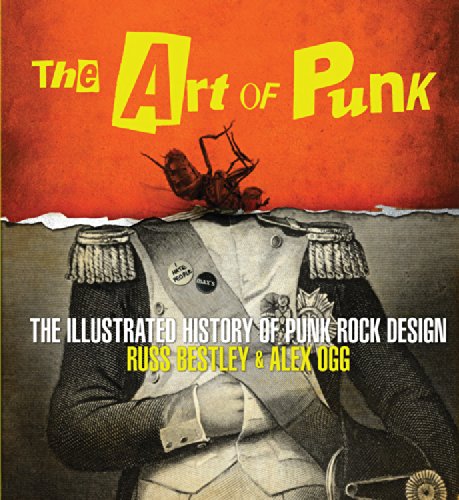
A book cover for The Art of Punk: The Illustrated History of Punk Rock Design; Russ Bestley; Crafts, Hobbies & Home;